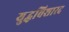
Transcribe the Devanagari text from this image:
युद्धविशारद